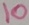
Text: 10